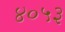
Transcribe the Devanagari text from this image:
४०५३